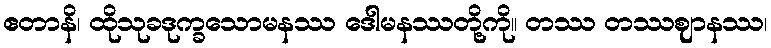
ဧတာနိ၊ ထိုသုခဒုက္ခသောမနဿ ဒေါမနဿတို့ကို။ တဿ တဿဈာနဿ၊